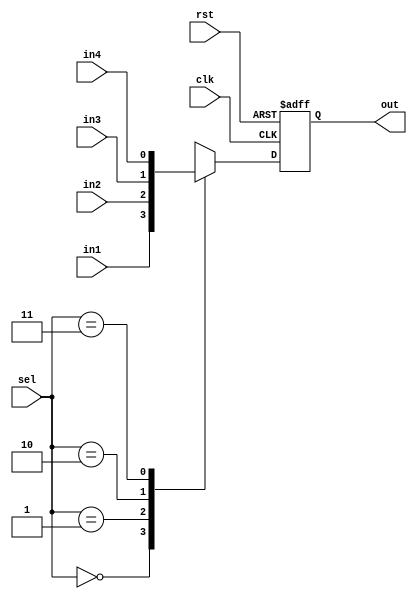
`timescale 1ns / 1ps

module mux (
    input in1,
    input in2,
    input in3,
    input in4,
    input [1:0] sel,
    input clk,
    input rst,
    output reg out
    );
    reg out_c;
    
    always @(*) begin
        case(sel)
            0: out_c = in1;
            1: out_c = in2;
            2: out_c = in3;
            3: out_c = in4;
       endcase
    end

//register mux output
always @ (posedge clk or negedge rst)
 begin
  if(!rst)
   begin
    out <= 'b0 ;
   end
  else
   begin
    out <= out_c ;
   end 
 end 
endmodule